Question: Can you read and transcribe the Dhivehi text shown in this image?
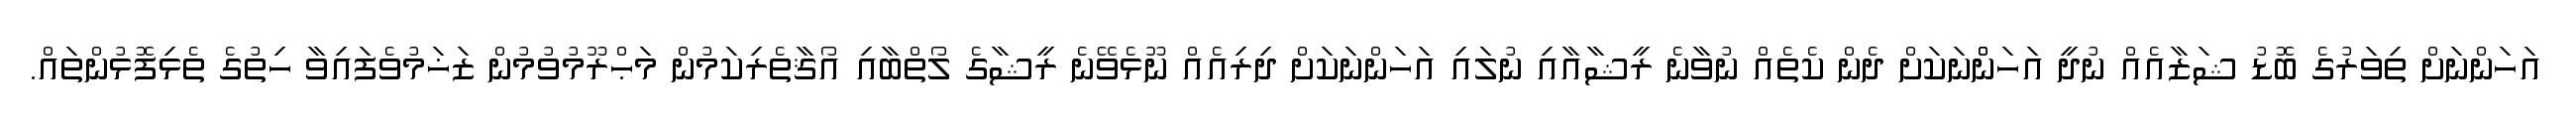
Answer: އަހަންނަށް ތިވަރުގެ ބޮޑު ޝަޒާއެއް ނުދީ އަހަންްނަކަށް ދެން ކެތެއް ނުވާނެ ރީޝާއާއި ނުލައި އަހަންނަކަށް ދިރިއެއް ނޫޅެވޭނެ ރީޝާގެ ލޯތްބާއި އޯޤާތެރިކަމުން މަޙްރޫމުވުމުން ޒަޚަމުވެފައިވާ ހިތުގެ ތެޅިފޮޅުންތައް.